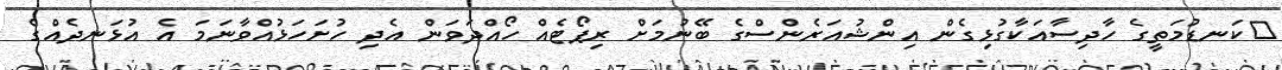
ކަނޑުމަތީގެ ހާދިސާއަކާގުޅިގެން އިންޝުއަރެންސްގެ ބޭނުމަށް ރިޕޯޓެއް ހޯއްދަވަން އެދި ހުށަހަޅުއްވާނަމަ އެ އުޅަނދެއްގެ